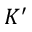
K ^ { \prime }